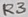
Text: R3